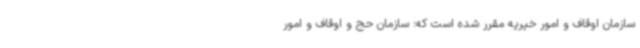
سازمان اوقاف و امور خیریه مقرر شده است که: سازمان حج و اوقاف و امور